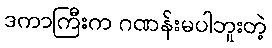
ဒကာကြီးက ဂဏန်းမပါဘူးတဲ့